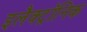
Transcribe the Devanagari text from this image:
इलैक्‍ट्रॉनिक